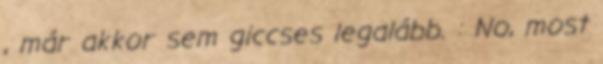
, már akkor sem giccses legalább. : No, most